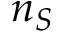
n _ { S }